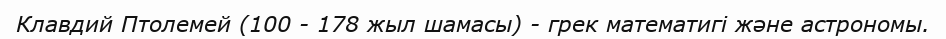
Клавдий Птолемей (100 - 178 жыл шамасы) - грек математигі және астрономы.